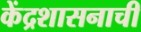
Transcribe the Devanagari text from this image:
केंद्रशासनाची